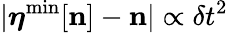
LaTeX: \vert{\boldsymbol\eta}^{\mathrm{min}}[{\mathbf n}]-{\mathbf n}\vert\propto\delta t^{2}